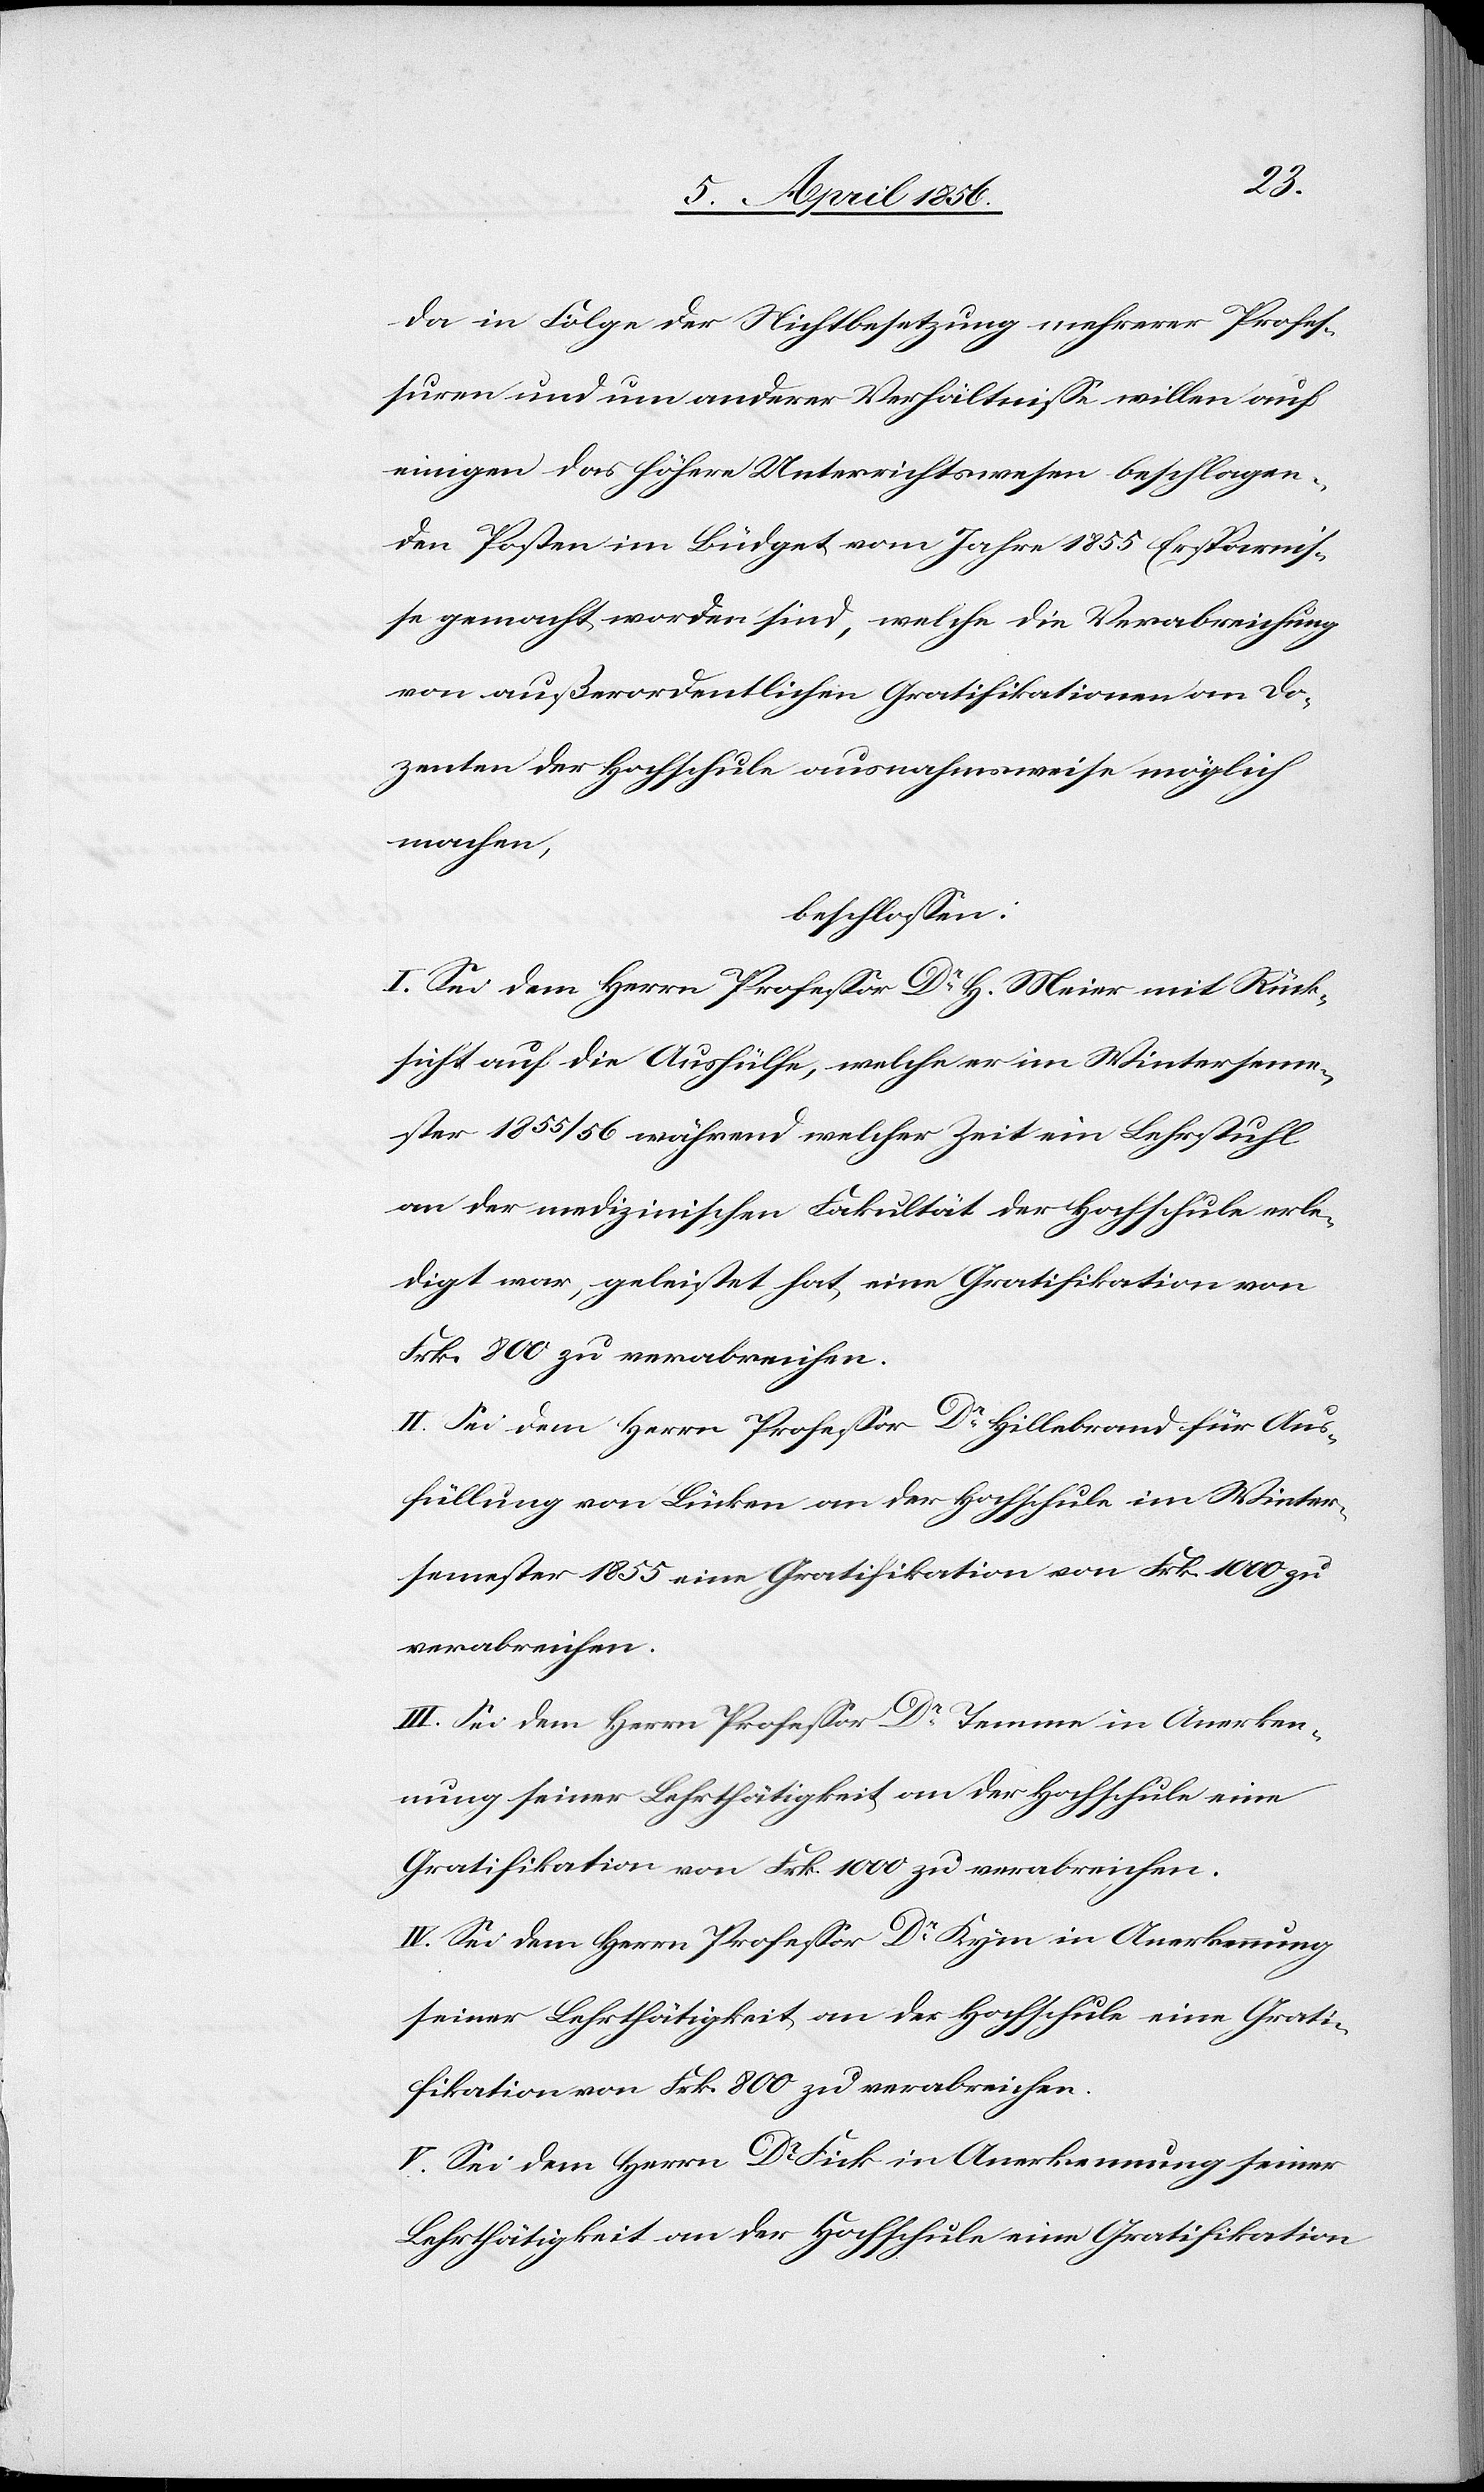
da in Folge der Nichtbesetzung mehrerer Profes¬
suren und um anderer Verhältnisse willen auf
einigen das höhere Unterrichtswesen beschlagen¬
den Posten im Büdget vom Jahre 1855 Ersparnis¬
se gemacht worden sind, welche die Verabreichung
von außerordentlichen Gratifikationen an Do¬
zenten der Hochschule ausnahmsweise möglich
machen,
beschlossen:
I. Sei dem Herrn Professor Dr H. Meier mit Rück¬
sicht auf die Aushülfe, welche er im Winterseme¬
ster 1855/56 während welcher Zeit ein Lehrstuhl
an der medizinischen Fakultät der Hochschule erle¬
digt war, geleistet hat, eine Gratifikation von
Frk. 800 zu verabreichen.
II. Sei dem Herrn Professor Dr Hillebrand für Aus¬
füllung von Lücken an der Hochschule im Winter¬
semester 1855 eine Gratifikation von Frk. 1000 zu
verabreichen.
III. Sei dem Herrn Professor Dr Temme in Anerken¬
nung seiner Lehrthätigkeit an der Hochschule eine
Gratifikation von Frk. 1000 zu verabreichen.
IV. Sei dem Herrn Professor Dr Kym in Anerkennung
seiner Lehrthätigkeit an der Hochschule eine Grati¬
fikation von Frk. 800 zu verabreichen.
V. Sei dem Herrn Dr Fick in Anerkennung seiner
Lehrthätigkeit an der Hochschule eine Gratifikation